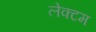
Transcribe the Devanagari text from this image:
लेक्टम